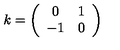
k = \left( \begin{array} { c c } { 0 } & { 1 } \\ { - 1 } & { 0 } \\ \end{array} \right)